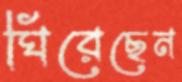
ঘিরেছেন